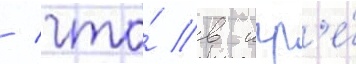
/ что́ в игр'е́